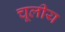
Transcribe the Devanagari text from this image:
चूलीय